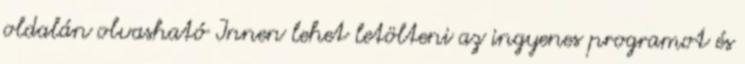
oldalán olvasható Innen lehet letölteni az ingyenes programot és